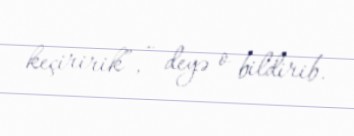
keçiririk”, - deyə o bildirib.